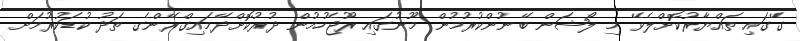
ގޭގައި ތައްޔާރުކޮށްލެވޭ މި ލޯޝަން ބޭނުންކުރުމުން މޫނުގައި ރޫޖެހުމުން ދުރުކޮށްދޭމައިގްރޭންގެ ތަދު ކުޑަކުރުމަށް